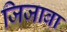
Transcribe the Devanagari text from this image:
जिजाबा